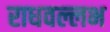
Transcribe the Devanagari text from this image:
राधवल्लभ